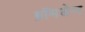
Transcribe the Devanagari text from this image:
ब्रॉमडेन